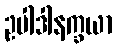
ဥပါဒါနက္ခယာ